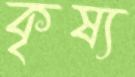
কৃষ্য